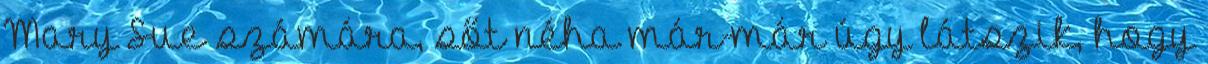
Mary Sue számára, sőt néha már-már úgy látszik, hogy